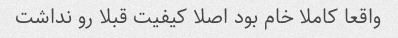
واقعا کاملا خام بود اصلا کیفیت قبلا رو نداشت